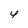
Character: 4